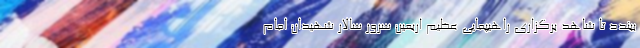
ببندد تا شاهد برگزاری راهیپمایی عظیم اربعین سرور سالار شهیدان امام